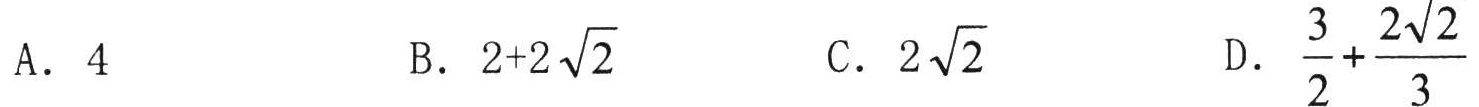
A. \(4\)

B. \(2 + 2\sqrt{2}\)

C. \(2\sqrt{2}\)

D. \(\frac{3}{2}+\frac{2\sqrt{2}}{3}\)